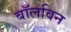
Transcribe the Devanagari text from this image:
बॉलविन